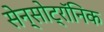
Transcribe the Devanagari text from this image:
सेन्सोट्रॉनिक